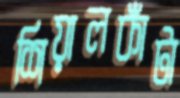
শিয়ালকাঁটা